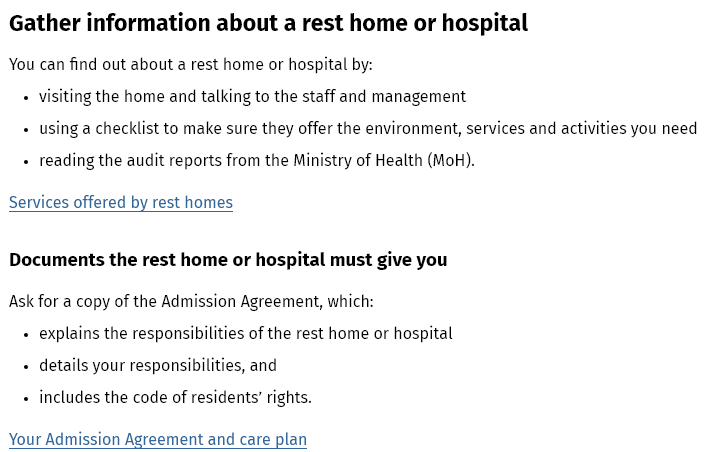
Gather information    about  a  rest home or  hospital
  Documents the  rest home or hospital must give you
  You can find out about a rest home or hospital by:
   + visiting the home and talking to the staff and management
   + using a checklist to make sure they offer the environment, services and activities you need
   + reading the audit reports from the Ministry of Health (Mok).
  Services offered by rest homes
  Ask for a copy of the Admission Agreement, which:
   + explains the responsibilities of the rest home or hospital
   +
     details your responsibilities, and
   +
     includes the code of residents’ rights.
  Your Admission Agreement and care plan